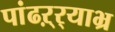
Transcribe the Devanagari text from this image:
पांढऱ्र्‍याभ्र